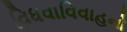
વિધવાવિવાહનો